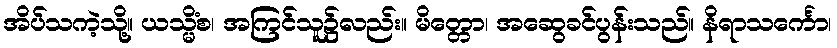
အိပ်သကဲ့သို့။ ယသ္မိံစ၊ အကြင်သူ၌လည်း။ မိတ္တော၊ အဆွေခင်ပွန်းသည်။ နိရာသင်္ကော၊